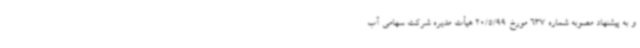
و به پیشنهاد مصوبه شماره 637 مورخ 20/5/99 هیأت مدیره شرکت سهامی آب